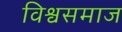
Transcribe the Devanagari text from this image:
विश्वसमाज